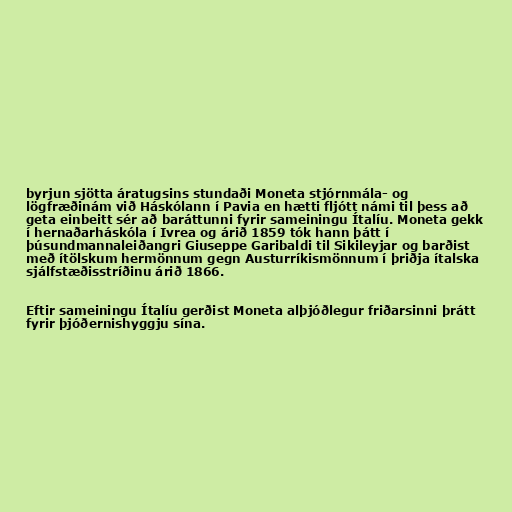
byrjun sjötta áratugsins stundaði Moneta stjórnmála- og
lögfræðinám við Háskólann í Pavia en hætti fljótt námi til þess að
geta einbeitt sér að baráttunni fyrir sameiningu Ítalíu. Moneta gekk
í hernaðarháskóla í Ivrea og árið 1859 tók hann þátt í
þúsundmannaleiðangri Giuseppe Garibaldi til Sikileyjar og barðist
með ítölskum hermönnum gegn Austurríkismönnum í þriðja ítalska
sjálfstæðisstríðinu árið 1866.

Eftir sameiningu Ítalíu gerðist Moneta alþjóðlegur friðarsinni þrátt
fyrir þjóðernishyggju sína.